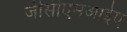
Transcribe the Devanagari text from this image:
जीसीएमआईए